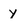
Character: y